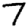
Digit: 7